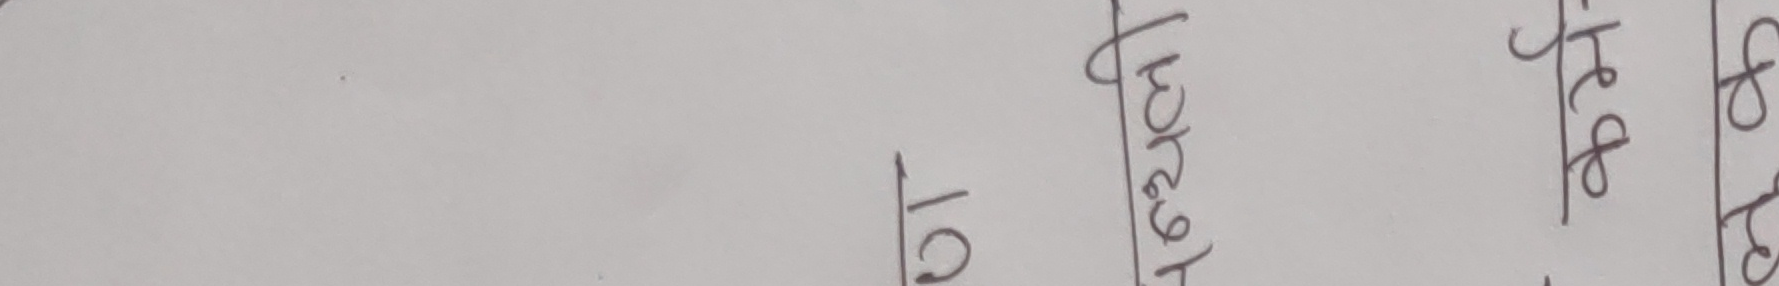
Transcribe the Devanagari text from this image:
हे० फे०